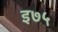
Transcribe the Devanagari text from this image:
इ७५